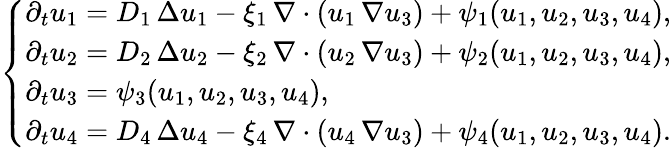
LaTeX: \left\{ \begin{array}{l}{\partial_{t}u_{1}=D_{1}\, \Delta u_{1}-\xi_{1}\, \nabla\cdot(u_{1}\, \nabla u_{3})+\psi_{1}(u_{1},u_{2},u_{3},u_{4}),}\\ {\partial_{t}u_{2}=D_{2}\, \Delta u_{2}-\xi_{2}\, \nabla\cdot(u_{2}\, \nabla u_{3})+\psi_{2}(u_{1},u_{2},u_{3},u_{4}),}\\ {\partial_{t}u_{3}=\psi_{3}(u_{1},u_{2},u_{3},u_{4}),}\\ {\partial_{t}u_{4}=D_{4}\, \Delta u_{4}-\xi_{4}\, \nabla\cdot(u_{4}\, \nabla u_{3})+\psi_{4}(u_{1},u_{2},u_{3},u_{4}).}\end{array}\right.